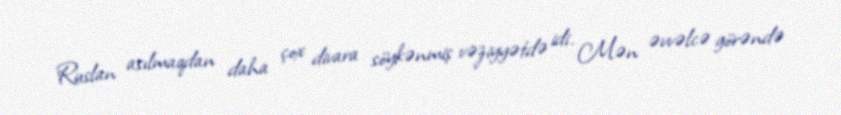
Ruslan asılmaqdan daha çox divara söykənmiş vəziyyətdə idi. Mən əvvəlcə görəndə